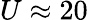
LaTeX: U\approx 20